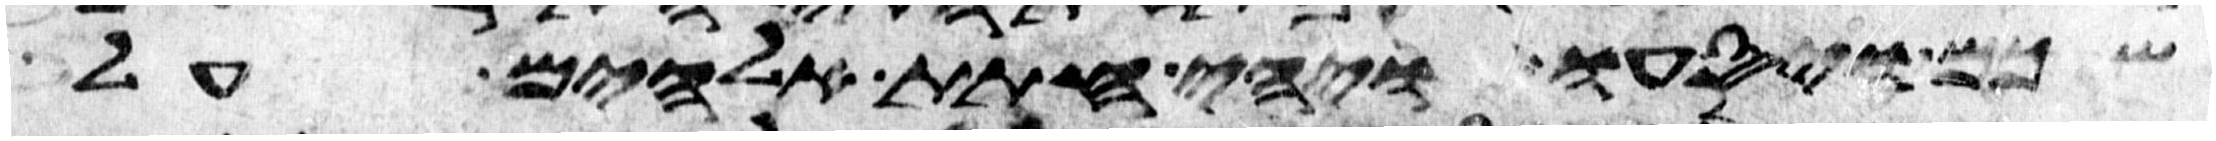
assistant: שכם ויסעו ויהי חתת אלהים על